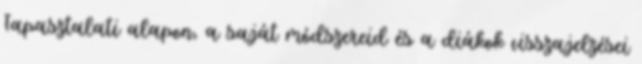
Tapasztalati alapon, a saját módszereid és a diákok visszajelzései